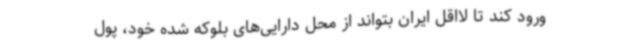
ورود کند تا لااقل ایران بتواند از محل دارایی‌های بلوکه شده خود، پول